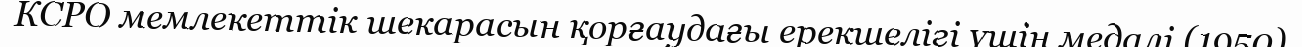
КСРО мемлекеттік шекарасын қорғаудағы ерекшелігі үшін медалі (1950)